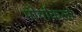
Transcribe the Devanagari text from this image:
मोर्याकला